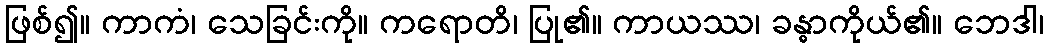
ဖြစ်၍။ ကာကံ၊ သေခြင်းကို။ ကရောတိ၊ ပြု၏။ ကာယဿ၊ ခန္ဓာကိုယ်၏။ ဘေဒါ၊